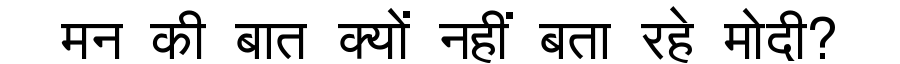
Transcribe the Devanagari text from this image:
मन की बात क्यों नहीं बता रहे मोदी?